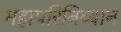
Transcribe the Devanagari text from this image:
महापरिनिव्बान